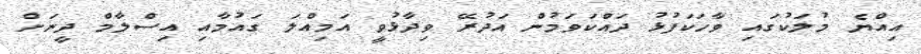
އިއްޔެ މުލަކުގައި ވާހަކަފުޅު ދައްކަވަމުން އަދުރޭ ވިދާޅުވީ އަމިއްލަ ގައުމާއި އިސްލާމް ދީނަށް